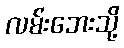
လမ်းဘေးသို့